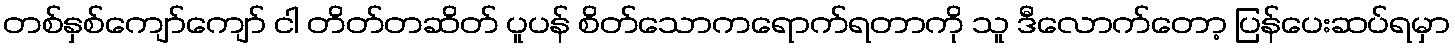
တစ်နှစ်ကျော်ကျော် ငါ တိတ်တဆိတ် ပူပန် စိတ်သောကရောက်ရတာကို သူ ဒီလောက်တော့ ပြန်ပေးဆပ်ရမှာ